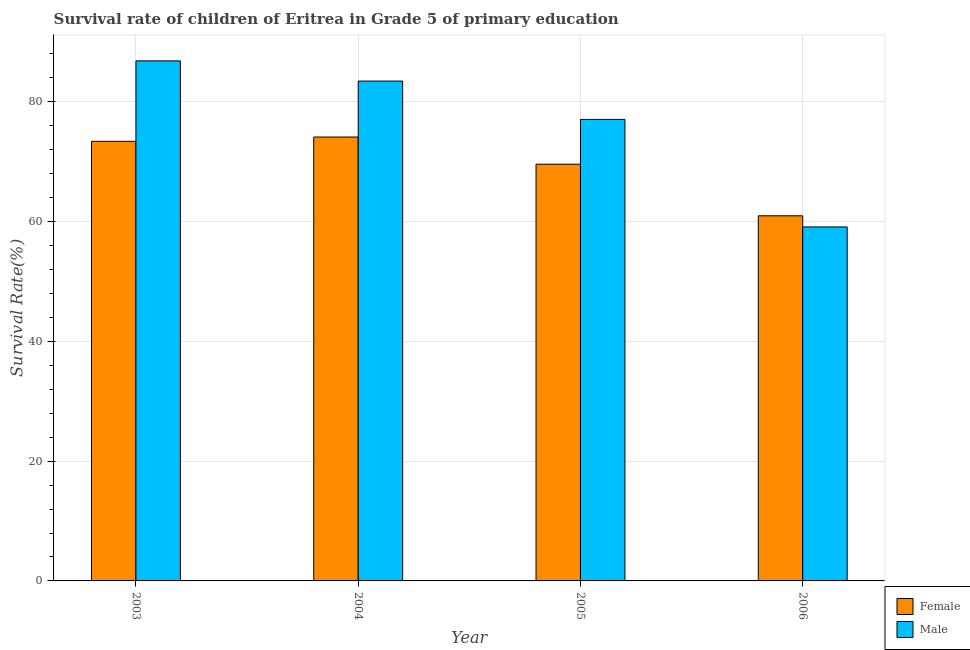
| Year | Female | Male |
 | --- | --- | --- |
 | 2003 | 73.4 | 86.9 |
 | 2004 | 74.1 | 83.5 |
 | 2005 | 69.6 | 77.1 |
 | 2006 | 61 | 59.1 |